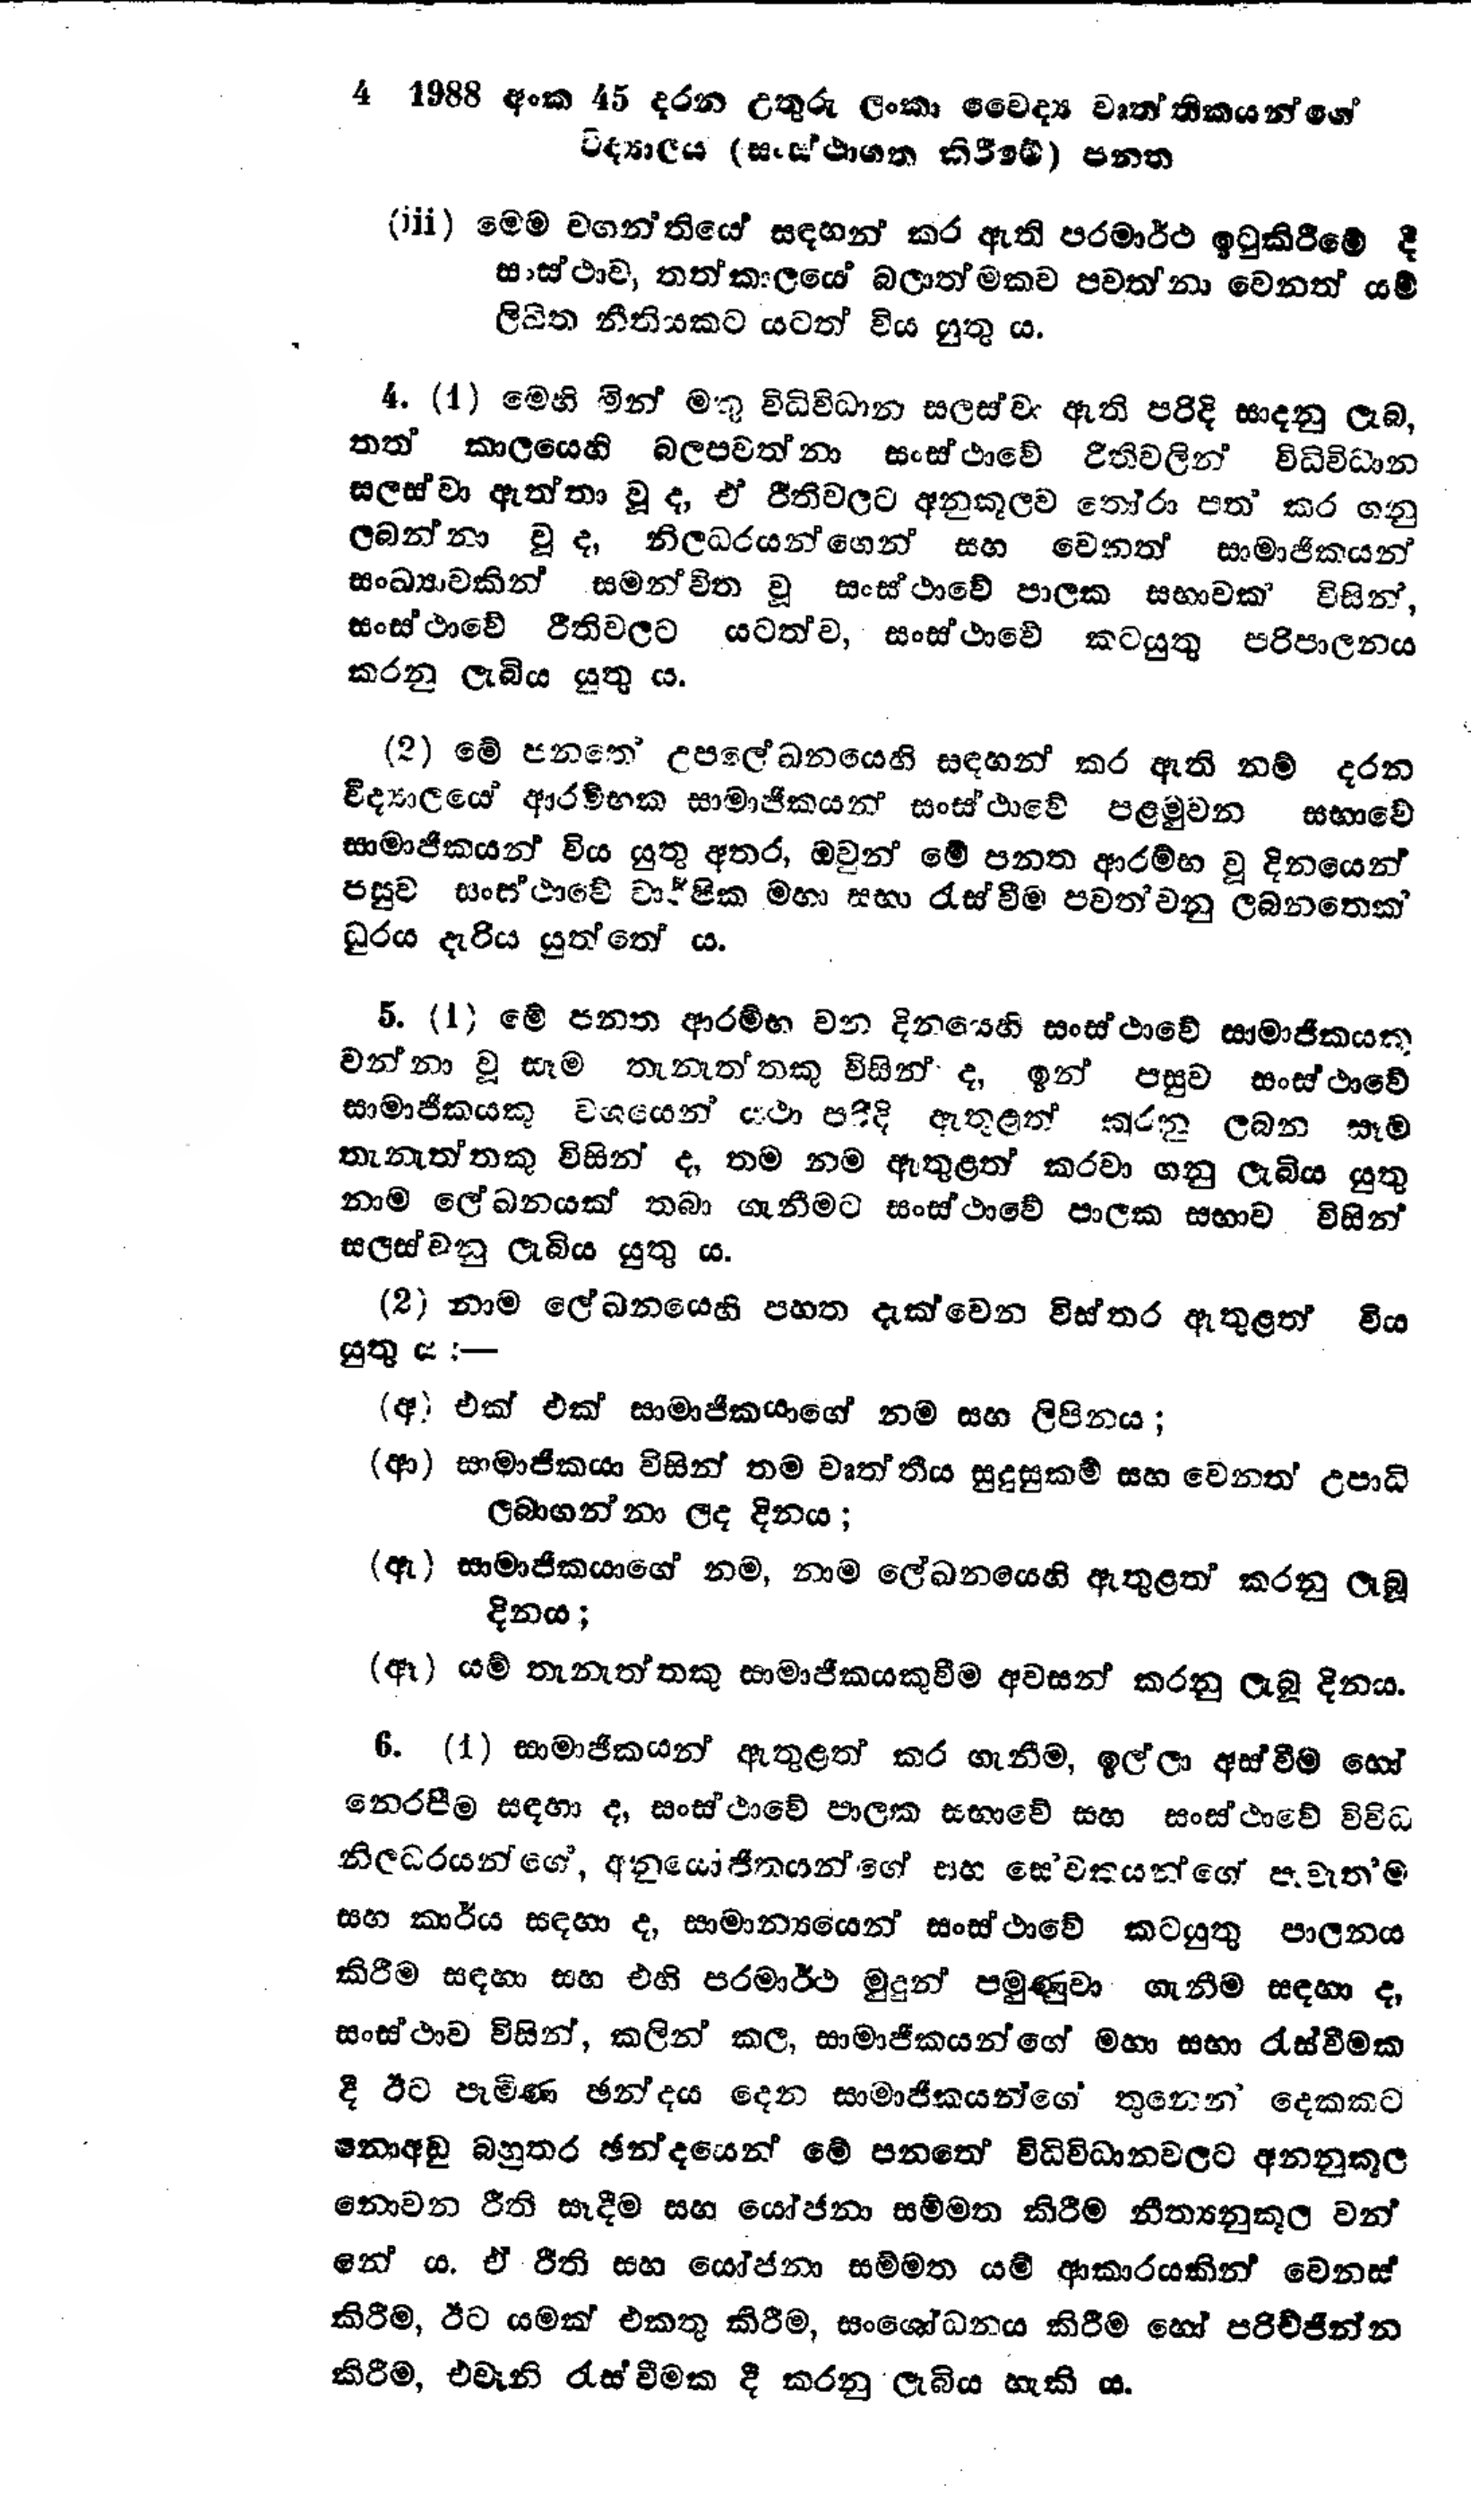
4 1988 අංක 45 දරන උතුරු ලංකා වෛද්‍ය වෘත්තිකයන්ගේ
විද්‍යාලය (සංස්ථාගත කිරීමේ) පනත

(iii) මෙම වගන්තියේ සඳහන් කර ඇති පරමාර්ථ ඉටුකිරීමේ දී
සංස්ථාව, තත්කාලයේ බලාත්මකව පවත්නා වෙනත් යම්
ලිඛිත නීතියකට යටත් විය යුතු ය.

4. (1) මෙහි මින් මතු විධිවිධාන සලස්වා ඇති පරිදි සාදනු ලැබ,
තත් කාලයෙහි බලපවත්නා සංස්ථාවේ රීතිවලින් විධිවිධාන
සලස්වා ඇත්තා වූද, ඒ රීතිවලට අනුකූලව තෝරා පත් කර ගනු
ලබන්නා වූ ද, නිලධරයන්ගෙන් සහ වෙනත් සාමාජිකයන්
සංඛ්‍යාවකින් සමන්විත වූ සංස්ථාවේ පාලක සභාවක් විසින්,
සංස්ථාවේ රීතිවලට යටත්ව, සංස්ථාවේ කටයුතු පරිපාලනය
කරනු ලැබිය යුතු ය.

(2) මේ පනතේ උපලේඛනයෙහි සඳහන් කර ඇති නම් දරන
විද්‍යාලයේ ආරම්භක සාමාජිකයන් සංස්ථාවේ පළමුවන සභාවේ
සාමාජීකයන් විය යුතු අතර, ඔවුන් මේ පනත ආරම්භ වූ දිනයෙන්
පසුව සංස්ථාවේ වාර්ෂික මහා සභා රැස්වීම පවත්වනු ලබනතෙක්
ධූරය දැරිය යුත්තේ ය.

5. (1) මේ පනත ආරම්භ වන දිනයෙහි සංස්ථාවේ සාමාජිකයකු
වන්නා වූ සෑම තැනැත්තකු විසින් ද, ඉන් පසුව සංස්ථාවේ
සාමාජිකයකු වශයෙන් යථා පරිදි ඇතුළත් කරනු ලබන සෑම
තැනැත්තකු විසින් ද, තම නම ඇතුළත් කරවා ගනු ලැබිය යුතු
නාම ලේඛනයක් තබා ගැනීමට සංස්ථාවේ පාලක සභාව විසින්
සලස්වනු ලැබිය යුතු ය.

(2) නාම ලේඛනයෙහි පහත දැක්වෙන විස්තර ඇතුළත් විය
යුතු ය:-

(අ) එක් එක් සාමාජිකයාගේ නම සහ ලිපිනය;

(ආ) සාමාජිකයා විසින් තම වෘත්තීය සුදුසුකම් සහ වෙනත් උපාධි
ලබාගන්නා ලද දිනය ;

(ඇ) සාමාජිකයාගේ නම, නාම ලේඛනයෙහි ඇතුළත් කරනු ලැබූ
දිනය;

(ඈ) යම් තැනැත්තකු සාමාජිකයකු වීම අවසන් කරනු ලැබූ දිනය.

6. (1) සාමාජිකයන් ඇතුළත් කර ගැනීම, ඉල්ලා අස්වීම හෝ
නෙරපීම සඳහා ද, සංස්ථාවේ පාලක සභාවේ සහ සංස්ථාවේ විවිධ
නිලධරයන්ගේ, අනුයෝජිතයන්ගේ සහ සේවකයන්ගේ පැවැත්ම
සහ කාර්ය සඳහා ද, සාමාන්‍යයෙන් සංස්ථාවේ කටයුතු පාලනය
කිරීම සඳහා සහ එහි පරමාර්ථ මුදුන් පමුණුවා ගැනීම සඳහා ද,
සංස්ථාව විසින්, කලින් කල, සාමාජිකයන්ගේ මහා සභා රැස්වීමක
දී ඊට පැමිණ ඡන්දය දෙන සාමාජිකයන්ගේ තුනෙන‍් දෙකකට
නොඅඩු බහුතර ඡන්දයෙන් මේ පනතේ විධිවිධාන වලට අනනුකූල
නොවන රීති සෑදීම සහ යෝජනා සම්මත කිරීම නීත්‍යනුකූල වන්
නේ ය. ඒ රීති සහ යෝජනා සම්මත යම් ආකාරයකින් වෙනස්
කිරීම, ඊට යමක් එකතු කිරීම, සංශෝධනය කිරීම හෝ පරිච්ජින්න
කිරීම, එවැනි රැස්වීමක දී කරනු ලැබිය හැකි ය.